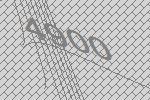
4900